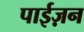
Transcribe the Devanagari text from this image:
पाईज़न